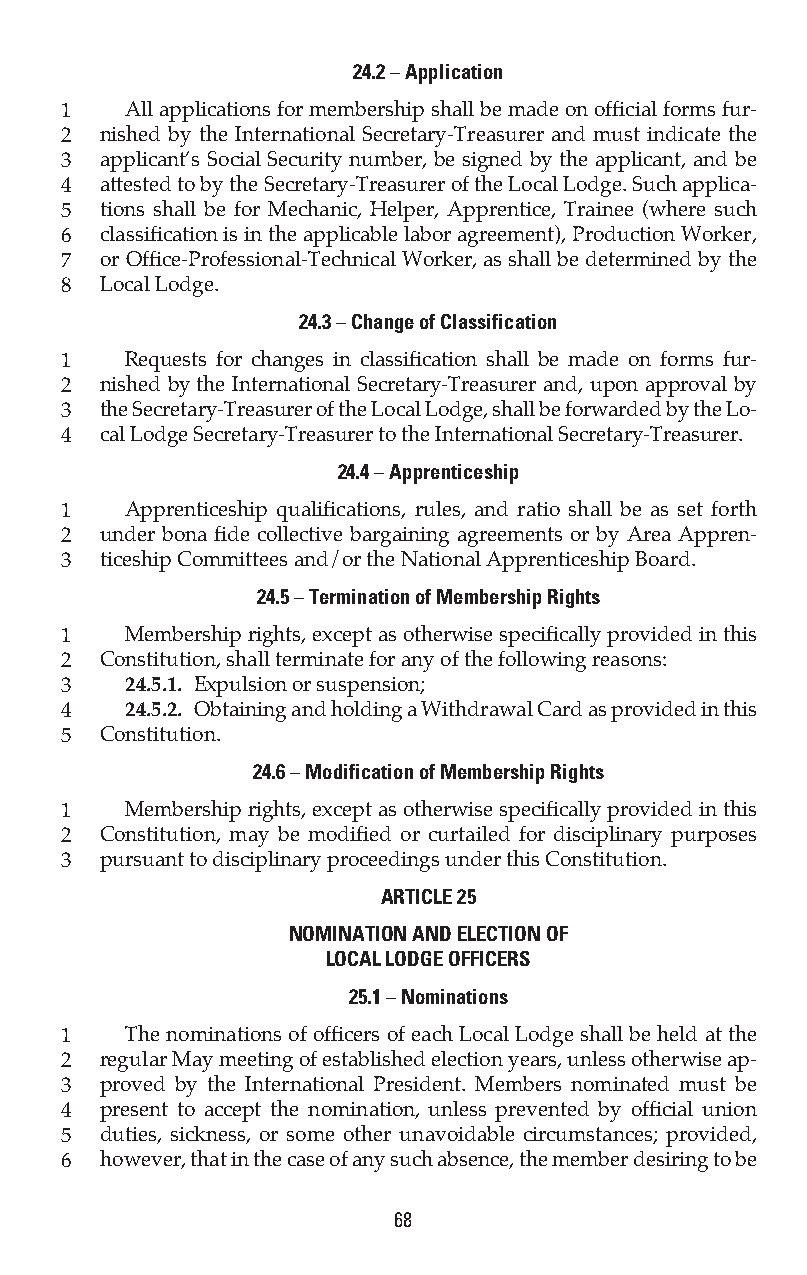
24.2 – Application
 1   All applications for membership shall be made on official forms fur-
 2  nished by the International Secretary-Treasurer and must indicate the
 3  applicant’s Social Security number, be signed by the applicant, and be
 4  attested to by the Secretary-Treasurer of the Local Lodge. Such applica-
 5  tions shall be for Mechanic, Helper, Apprentice, Trainee (where such
 6  classification is in the applicable labor agreement), Production Worker,
 7  or Office-Professional-Technical Worker, as shall be determined by the
 8  Local Lodge.
 24.3 – Change of Classification
 1   Requests for changes in classification shall be made on forms fur-
 2  nished by the International Secretary-Treasurer and, upon approval by
 3  the Secretary-Treasurer of the Local Lodge, shall be forwarded by the Lo-
 4  cal Lodge Secretary-Treasurer to the International Secretary-Treasurer.
 24.4 – Apprenticeship
 1   Apprenticeship qualifications, rules, and ratio shall be as set forth
 2  under bona fide collective bargaining agreements or by Area Appren-
 3  ticeship Committees and/or the National Apprenticeship Board.
 24.5 – Termination of Membership Rights
 1   Membership rights, except as otherwise specifically provided in this
 2  Constitution, shall terminate for any of the following reasons:
 3   24.5.1. Expulsion or suspension;
 4   24.5.2. Obtaining and holding a Withdrawal Card as provided in this
 5  Constitution.
 24.6 – Modification of Membership Rights
 1   Membership rights, except as otherwise specifically provided in this
 2  Constitution, may be modified or curtailed for disciplinary purposes
 3  pursuant to disciplinary proceedings under this Constitution.
 ARTICLE 25
 NOMINATION AND ELECTION OF
 LOCAL LODGE OFFICERS
 25.1 – Nominations
 1   The nominations of officers of each Local Lodge shall be held at the
 2  regular May meeting of established election years, unless otherwise ap-
 3  proved by the International President. Members nominated must be
 4  present to accept the nomination, unless prevented by official union
 5  duties, sickness, or some other unavoidable circumstances; provided,
 6  however, that in the case of any such absence, the member desiring to be
 68